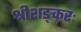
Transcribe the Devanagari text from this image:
श्रीशङ्करः